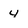
Character: 4